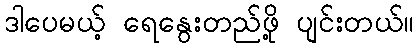
ဒါပေမယ့် ရေနွေးတည်ဖို့ ပျင်းတယ်။